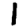
Digit: 1